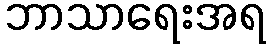
ဘာသာရေးအရ